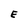
Character: E